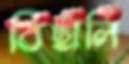
বিছালি